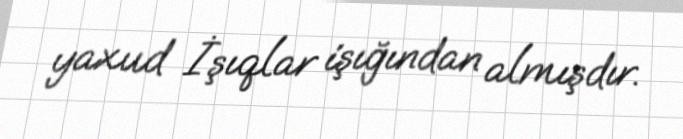
yaxud İşıqlar işığından almışdır.